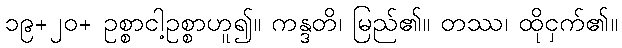
၁၉+၂၀+ ဥစ္စာငါ့ဥစ္စာဟူ၍။ ကန္ဒတိ၊ မြည်၏။ တဿ၊ ထိုငှက်၏။